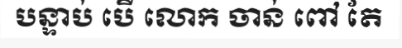
បន្ទាប់ បើ លោក ចាន់ ពៅ តែ